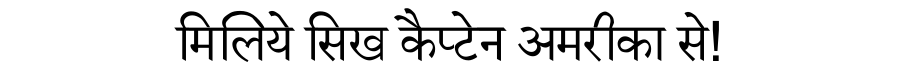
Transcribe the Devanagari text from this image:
मिलिये सिख कैप्टेन अमरीका से!